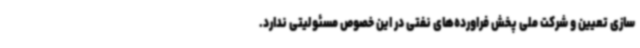
سازی تعیین و شرکت ملی پخش فراورده‌های نفتی در این خصوص مسئولیتی ندارد.